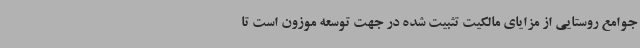
جوامع روستایی از مزایای مالکیت تثبیت‌ شده در جهت توسعه موزون است تا